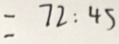
= 7 2 : 4 5